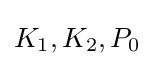
K_{1},K_{2},P_{0}